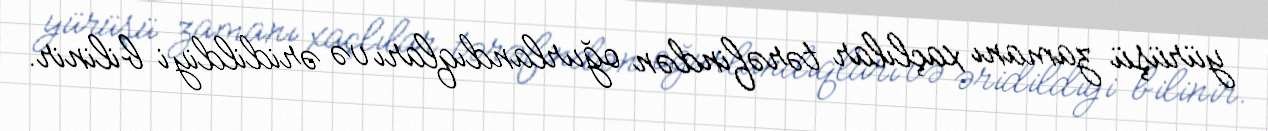
yürüşü zamanı xaçlılar tərəfindən oğurlandıqları və əridildiyi bilinir.